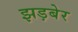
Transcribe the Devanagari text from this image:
झड़बेर